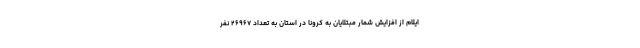
ایلام از افزایش شمار مبتلایان به کرونا در استان به تعداد ۲۶۹۶۷ نفر